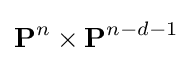
\mathbf {P} ^{n}\times \mathbf {P} ^{n-d-1}